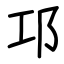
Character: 邛